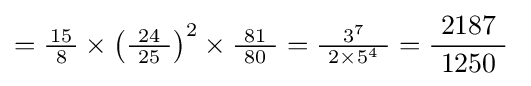
={\tfrac {15}{\ 8\ }}\times \left({\tfrac {\ 24\ }{25}}\right)^{2}\times {\tfrac {\ 81\ }{80}}={\tfrac {3^{7}}{\ 2\times 5^{4}\ }}={\frac {2187}{\ 1250\ }}~